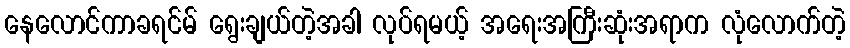
နေလောင်ကာခရင်မ် ရွေးချယ်တဲ့အခါ လုပ်ရမယ့် အရေးအကြီးဆုံးအရာက လုံလောက်တဲ့